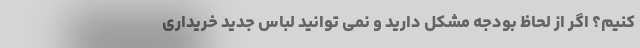
کنیم؟ اگر از لحاظ بودجه مشکل دارید و نمی توانید لباس جدید خریداری